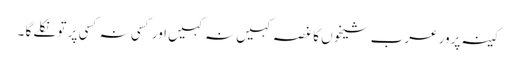
کینہ پرور عرب شیخوں کا غصہ کہیں نہ کہیں اور کسی نہ کسی پر تو نکلے گا ۔